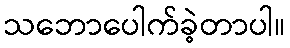
သဘောပေါက်ခဲ့တာပါ။